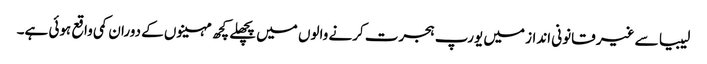
لیبیا سے غیر قانونی انداز میں یورپ ہجرت کرنے والوں میں پچھلے کچھ مہینوں کے دوران کمی واقع ہوئی ہے۔